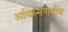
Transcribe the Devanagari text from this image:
अविस्मणरीय